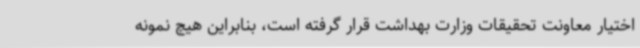
اختیار معاونت تحقیقات وزارت بهداشت قرار گرفته است، بنابراین هیچ نمونه